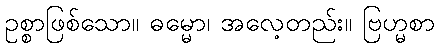
ဥစ္စာဖြစ်သော။ ဓမ္မော၊ အလေ့တည်း။ ဗြဟ္မစာ